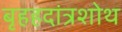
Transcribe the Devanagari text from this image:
बृहहदांत्रशोथ